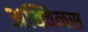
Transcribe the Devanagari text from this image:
अक्विनस